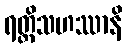
ရတ္တိသဟဿာနိ